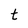
Character: t